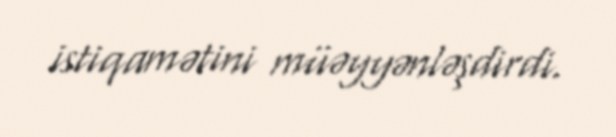
istiqamətini müəyyənləşdirdi.